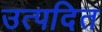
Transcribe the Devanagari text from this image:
उत्पदित